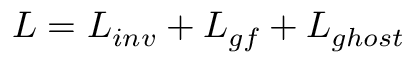
{ \cal L } = { \cal L } _ { i n v } + { \cal L } _ { g f } + { \cal L } _ { g h o s t }